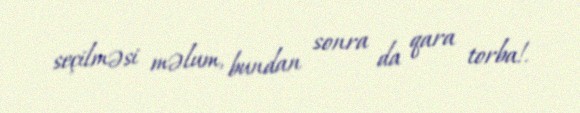
seçilməsi məlum, bundan sonra da qara torba!.